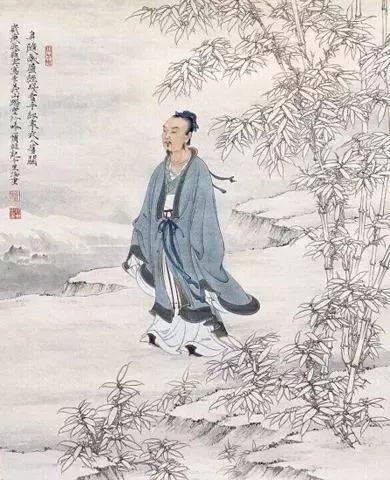
名不徒生而誉不自长，功成名遂。